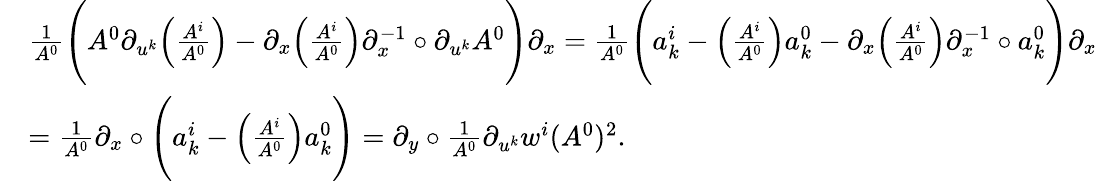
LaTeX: \begin{array}{rl}&{\frac 1{A^{0}}\Bigg(A^{0}{\partial}_{u^{k}}\Big(\frac{A^{i}}{A^{0}}\Big)-{\partial}_{x}\Big(\frac{A^{i}}{A^{0}}\Big){\partial}_{x}^{-1}\circ{\partial}_{u^{k}}A^{0}\Bigg){\partial}_{x}=\frac 1{A^{0}}\Bigg(a_{k}^{i}-\Big(\frac{A^{i}}{A^{0}}\Big)a_{k}^{0}-{\partial}_{x}\Big(\frac{A^{i}}{A^{0}}\Big){\partial}_{x}^{-1}\circ a_{k}^{0}\Bigg){\partial}_{x}}\\ &{=\frac 1{A^{0}}{\partial}_{x}\circ\Bigg(a_{k}^{i}-\Big(\frac{A^{i}}{A^{0}}\Big)a_{k}^{0}\Bigg)={\partial}_{y}\circ\frac{1}{A^{0}}{\partial}_{u^{k}}w^{i}(A^{0})^{2}.}\end{array}